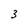
Character: 3